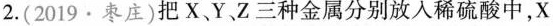
2.(2019·枣庄)把X、Y、Z三种金属分别放入稀硫酸中，X